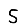
Digit: 5